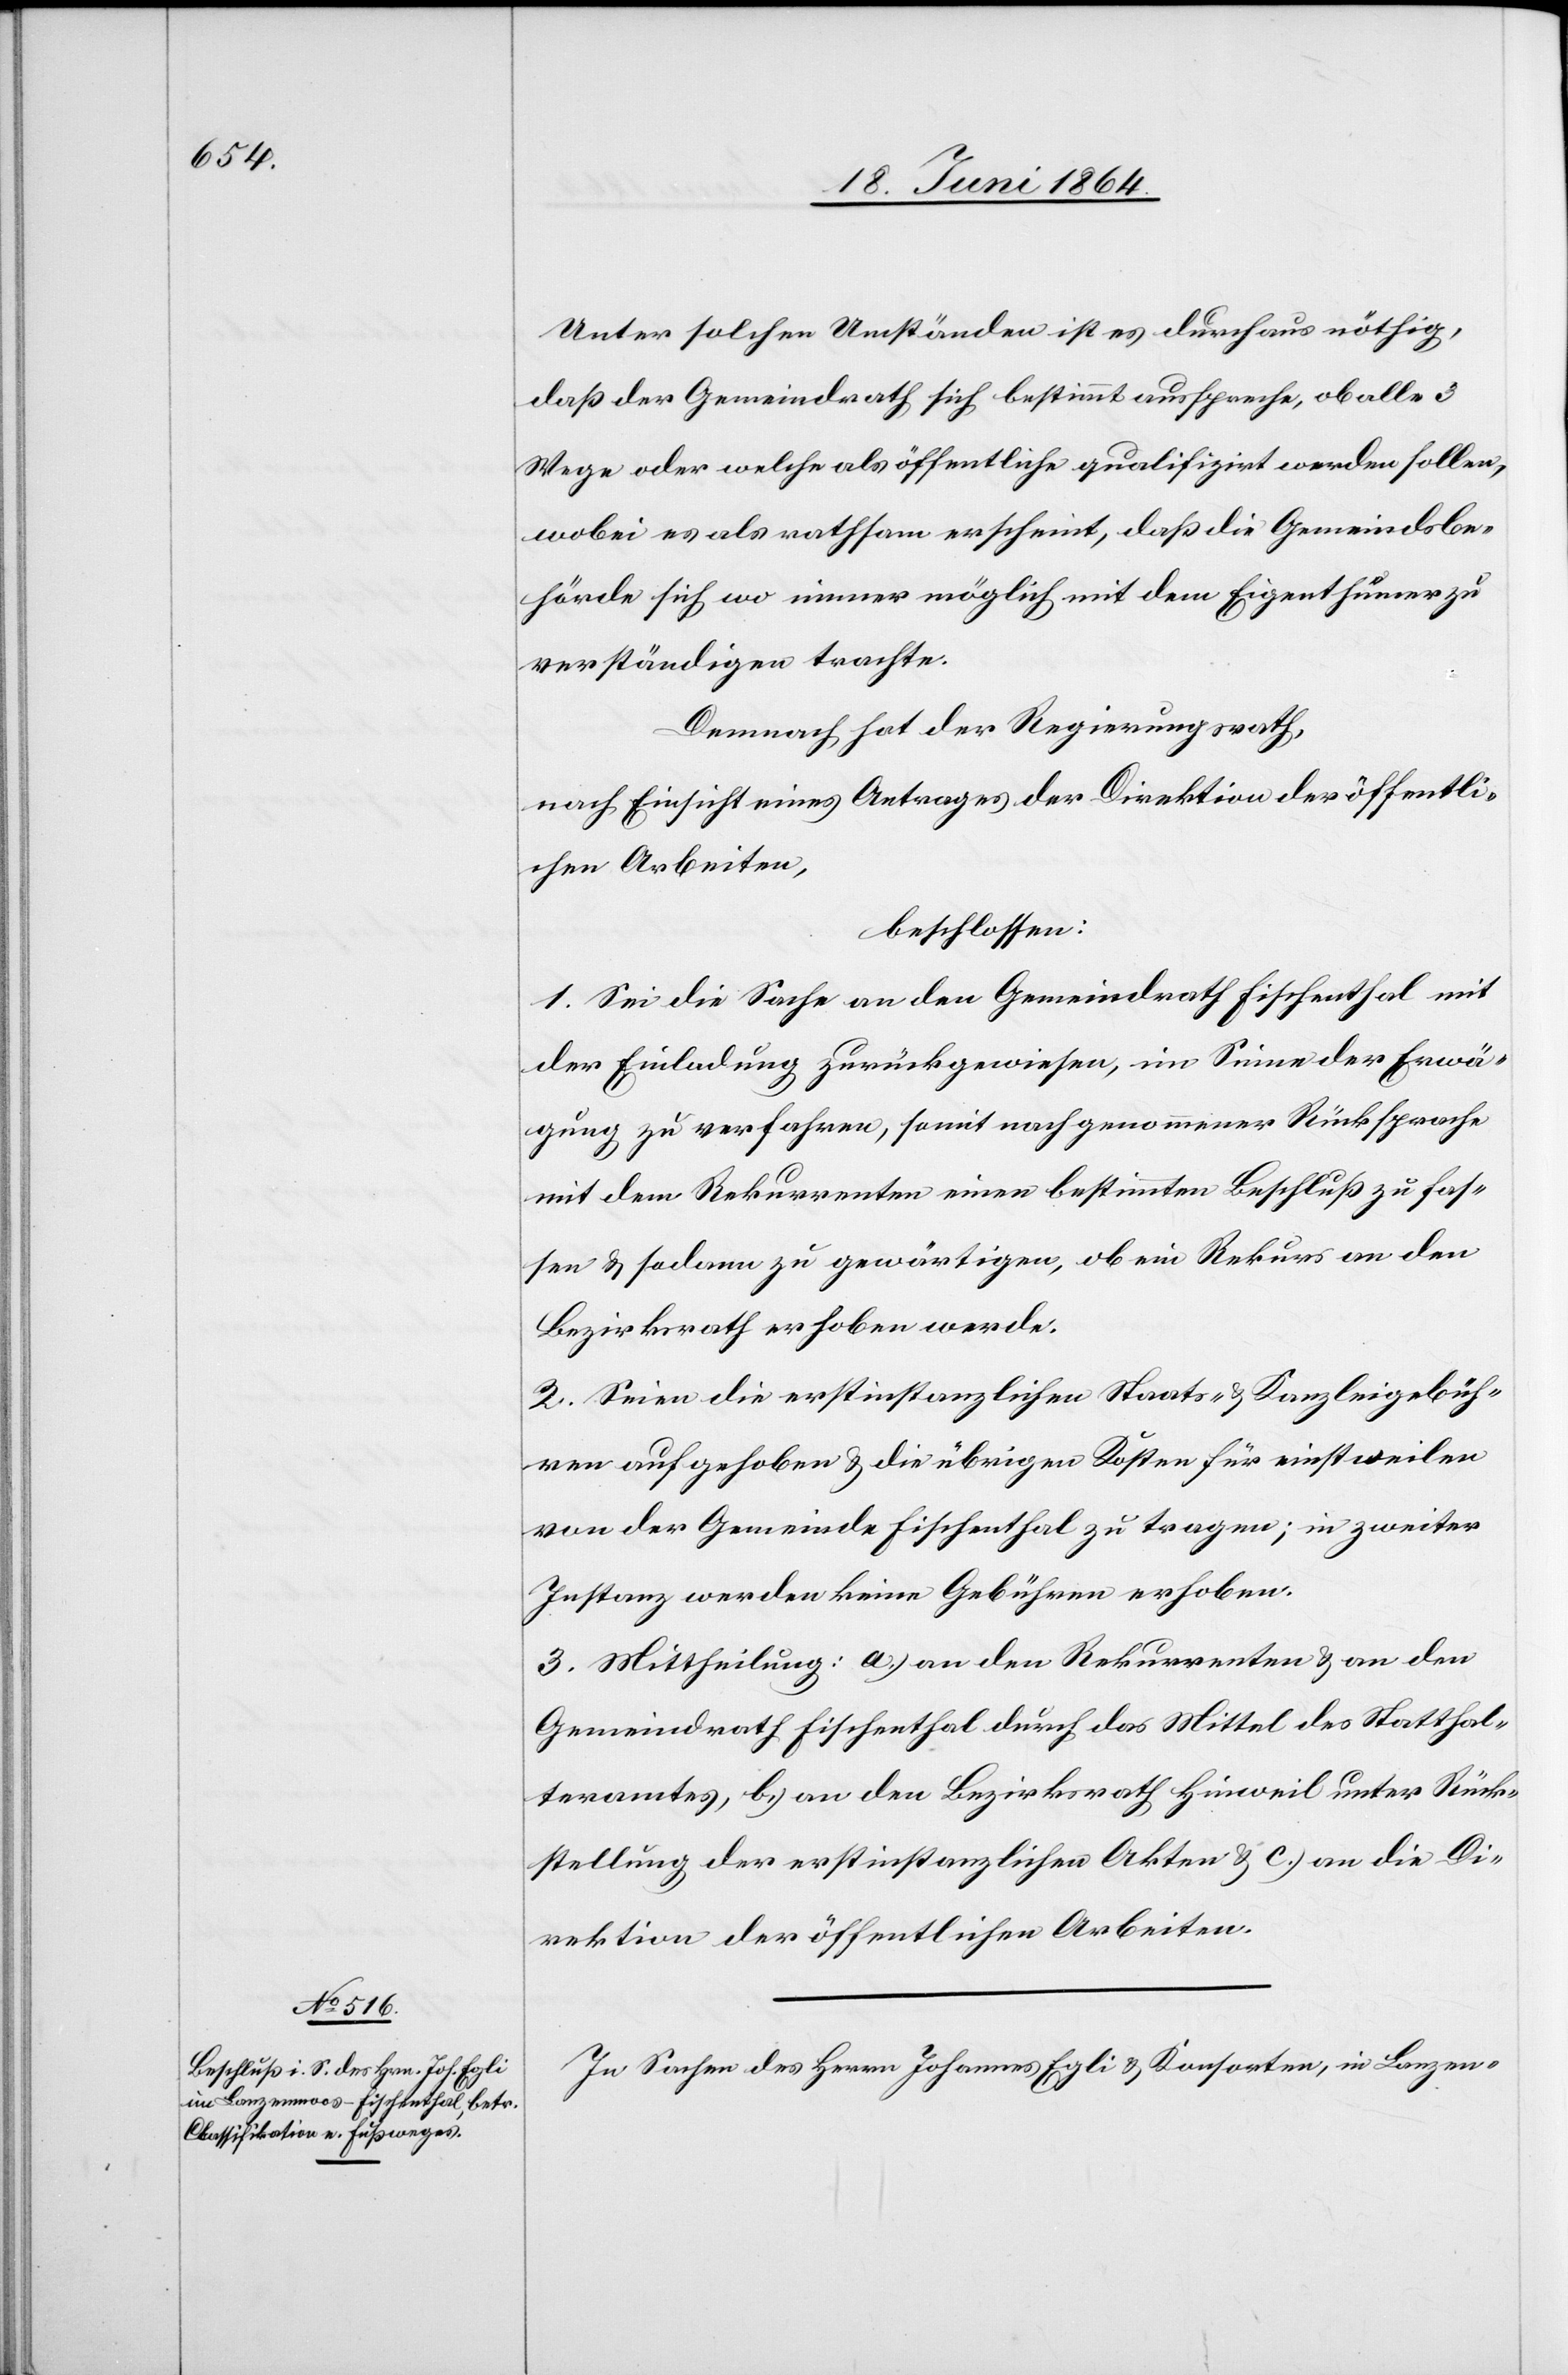
Unter solchen Umständen ist es durchaus nöthig,
daß der Gemeindrath sich bestimmt ausspreche, ob alle 3
Wege oder welche als öffentliche qualifizirt werden sollen,
wobei es als rathsam erscheint, daß die Gemeindsbe¬
hörde sich wo immer möglich mit dem Eigenthümer zu
verständigen trachte.
Demnach hat der Regierungsrath,
nach Einsicht eines Antrages der Direktion der öffentli¬
chen Arbeiten,
beschlossen:
1. Sei die Sache an den Gemeindrath Fischenthal mit
der Einladung zurückgewiesen, im Sinne der Erwä¬
gung zu verfahren, somit nach genommener Rücksprache
mit dem Rekurrenten einen bestimmten Beschluß zu fas¬
sen u. sodann zu gewärtigen, ob ein Rekurs an den
Bezirksrath erhoben werde.
2. Seien die erstinstanzlichen Staats- u. Kanzleigebüh¬
ren aufgehoben u. die übrigen Kosten für einstweilen
von der Gemeinde Fischenthal zu tragen; in zweiter
Instanz werden keine Gebühren erhoben.
3. Mittheilung: a.) an den Rekurrenten u. an den
Gemeindrath Fischenthal durch das Mittel des Statthal¬
teramtes, b.) an den Bezirksrath Hinweil unter Rück¬
stellung der erstinstanzlichen Akten u. c.) an die Di¬
rektion der öffentlichen Arbeiten.
In Sachen des Herrn Johannes Egli u. Konsorten, in Lanzen-